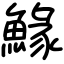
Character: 䱲